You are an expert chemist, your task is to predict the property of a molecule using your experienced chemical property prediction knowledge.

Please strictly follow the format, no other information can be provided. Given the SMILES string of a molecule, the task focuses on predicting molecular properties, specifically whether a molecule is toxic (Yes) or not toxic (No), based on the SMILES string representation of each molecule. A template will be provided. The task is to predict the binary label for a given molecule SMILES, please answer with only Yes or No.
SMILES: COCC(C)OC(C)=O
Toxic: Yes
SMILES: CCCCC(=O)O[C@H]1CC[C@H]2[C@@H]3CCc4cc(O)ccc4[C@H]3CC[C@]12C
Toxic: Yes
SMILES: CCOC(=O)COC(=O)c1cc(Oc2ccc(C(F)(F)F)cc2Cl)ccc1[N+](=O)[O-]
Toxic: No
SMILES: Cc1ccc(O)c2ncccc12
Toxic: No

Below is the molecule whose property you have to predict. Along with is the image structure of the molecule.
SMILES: CC1(C)N=C(N)N=C(N)N1c1ccc(Cl)cc1
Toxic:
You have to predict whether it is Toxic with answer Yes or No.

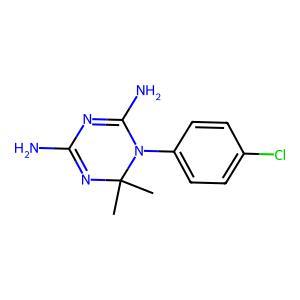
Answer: No